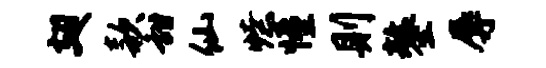
翅款甜仙燎憧则鏊辱